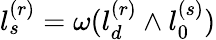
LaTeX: l_{s}^{(r)}=\omega(l_{d}^{(r)}\wedge l_{0}^{(s)})